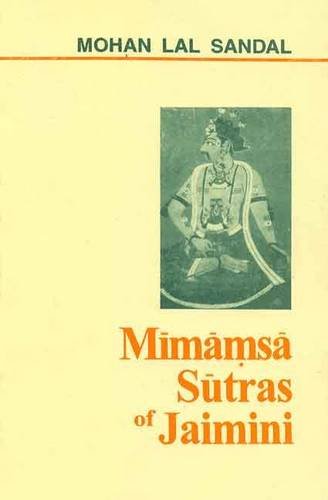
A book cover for Mimamsa Sutras of Jaimini; Mohan Lal Sandal; Religion & Spirituality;